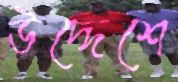
উদ্দেশে